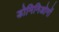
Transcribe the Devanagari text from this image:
डोमिनिओनों